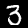
Digit: 3